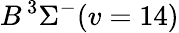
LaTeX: B\, {}^{3}\Sigma^{-}(v=14)